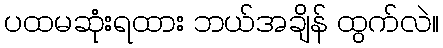
ပထမဆုံးရထား ဘယ်အချိန် ထွက်လဲ။